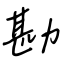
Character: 勘